Investigations on Bengal jail dietaries - Number 37
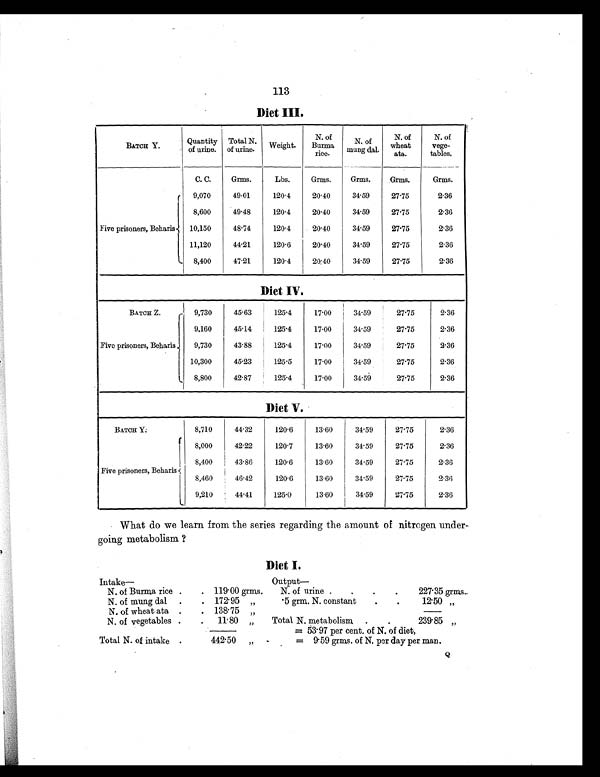
113
Diet III.
BATCH Y.
Quantity
of urine.
Total N.
of urine.
Weight.
N. of
Burma
rice.
N. of
mung dal.
N. of
wheat
ata.
N. of
vege-
tables.
C. C.
Grms.
Lbs.
Grms.
Grms.
Grms.
Grms.
Five prisoners, Beharis
9,070
49.01
120.4
20.40
34.59
27.75
2.36
8,600
49.48
120.4
20.40
34.59
27.75
2.36
10,150
48.74
120.4
20.40
34.59
27.75
2.36
11,120
44.21
120.6
20.40
34.59
27.75
2.36
8,400
47.21
120.4
20.40
34.59
27.75
2.36
Diet IV.
BATCH Z.
9,730
45.63
125.4
17.00
34.59
27.75
2.36
9,160
45.14
125.4
17.00
34.59
27.75
2.36
Five prisoners, Beharis
9,730
43.88
125.4
17.00
34.59
27.75
2.36
10,300
45.23
125.5
17.00
34.59
27.75
2.36
8,800
42.87
125.4
17.00
34.59
27.75
2.36
Diet V.
BATCH Y .
8,710
44.32
120.6
13.60
34. 59
27.75
2.36
8,000
42.22
120.7
13.60
34.59
27.75
2.36
Five prisoners, Beharis
8,400
43.86
120.6
13.60
34.59
27.75
2.36
8,460
46.42
120.6
13.60
34.59
27.75
2.36
9,210
44. 41
125.0
13.60
34.59
27.75
2.36
What do we learn from the series regarding the amount of nitrogen under-
going metabolism ?
Diet I.
I n t a k e —
Output
—
N. of Burma rice .
. 119.00 grms.
N. of urine .
.
.
.
227.35 grms.
N. of mung dal
.
. 172.95 „
.5 grm. N. constant
.
.
12.50 „
N. of wheat ata .
. 138.75 „
N. of vegetables .
.
11.80
„
Total N. metabolism
.
.
239.85 „
= 53.97 per cent. of N. of diet,
Total N. of intake .
442.50
„
=
9.59 grms. of N. per day per man.
Q